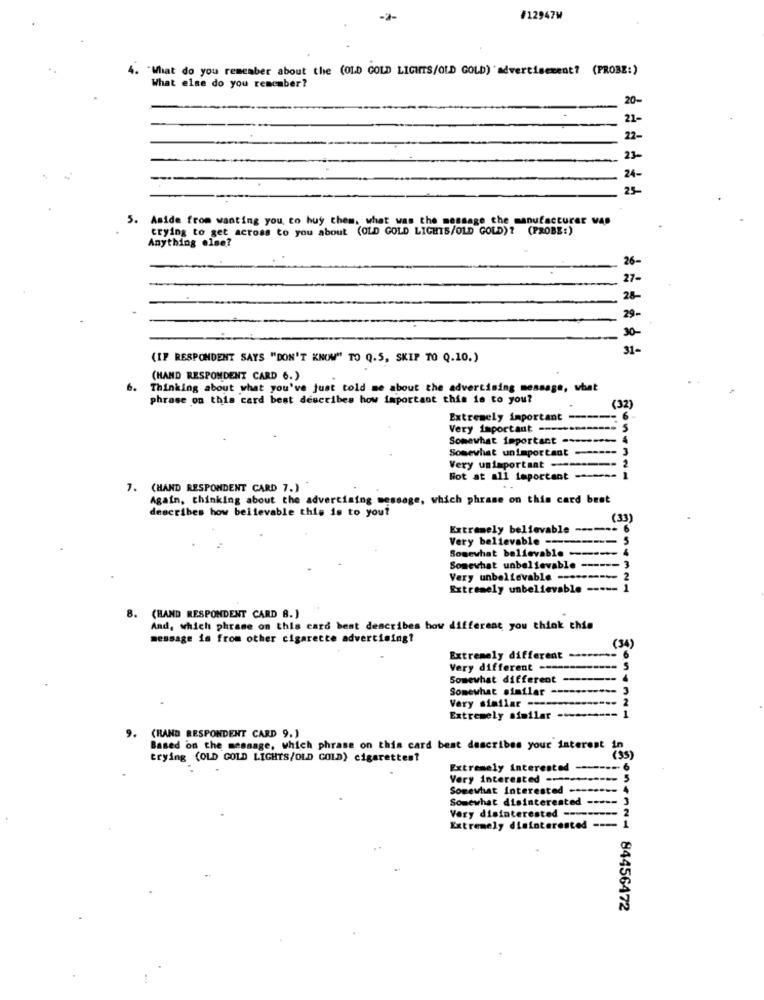
#12947W
Miat do you remember about the (OLD GOLD LICHTS/OLD GOLD) advertisement? (PROBZ:)
What else do you remember?
20-
21-
22-
23-
24-
25-
5. Aside from wanting you to buy them. what was the message the manufacturer was
trying to get across to you about (OLD GOLD LIGHTS/OLD GOLD) ? (PROBE:)
Anything else?
26-
27-
28-
29.
30-
31-
(IP RESPONDENT SAYS "DON'T KNOW" TO Q.5, SKIP TO Q.10.)
(HAND RESPONDENT CARD 6.)
Thinking about what you've just told me about the advertising message, what
phrase on this card best describes how important this is to you?
(32)
Extremely important ----- 6
Very important ------
S
Somewhat important --------- 4
Somewhat unimportant ------ 3
Very unimportant --------
Not at all important
7. (HAND RESPONDENT CARD 7.)
Again, thinking about the advertising message, which phrase on this card best
describes how believable this is to you?
(33)
Extremely believable ------ 6
Very believable --------
Somewhat believable -
Somewhat unbelievable ------ 3
Very unbelievable ----------
Extremely unbelievable ----- 1
8. (HAND RESPONDENT CARD B.)
And, which phrase on this card best describes how different you think this
message is from other cigarette advertising?
(34)
Extremely different ---
. 6
Very different ----
5
Somewhat different
4
Somewhat similar-
3
Very similar ----
Extremely similar -----
9. (RAND RESPONDENT CARD 9.)
Based on the message, which phrase on this card best describes your interest
trying (OLD GOLD LIGHTS/OLD GOLD) cigarettes?
Extremely interested
Very interested ---**
Somewhat Interested ----
Somewhat disinterested
Very disinterested ------
Extremely disinterested --
ZoneAN- 84456472